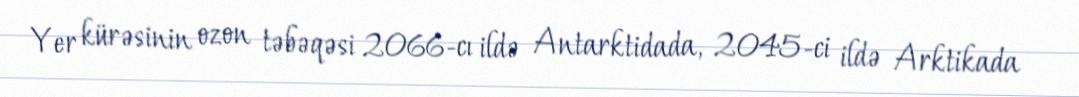
Yer kürəsinin ozon təbəqəsi 2066-cı ildə Antarktidada, 2045-ci ildə Arktikada